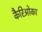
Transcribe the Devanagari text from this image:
कैरिओका